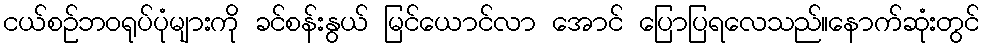
ငယ်စဉ်ဘဝရုပ်ပုံများကို ခင်စန်းနွယ် မြင်ယောင်လာ အောင် ပြောပြရလေသည်။နောက်ဆုံးတွင်